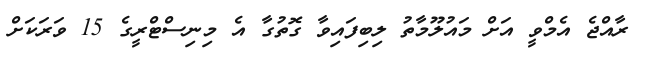
ރާއްޖެ އެމްވީ އަށް މައުލޫމާތު ލިބިފައިވާ ގޮތުގާ އެ މިނިސްޓްރީގެ 15 ވަރަކަށް